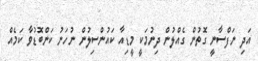
އަދި ނަފްސާނީ ގޮތުން ގެއްލުން ދިނުމަކީ މީޑިއާ ކައުންސިލުން ނުހަނު ކަންބޮޑުވާ ކަމެއް